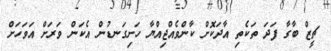
ޗީޒް ބާގާ ފަދަ ތަކެތި އާދަކޮށް ކާންވެއްޖިއްޔާ ހަށިގަނޑުން އެކަން ވަރަށް އަވަހަށް